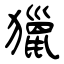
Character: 獵